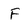
Character: f